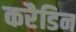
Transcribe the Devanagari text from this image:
करैडिन